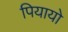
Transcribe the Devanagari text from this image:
पियायो